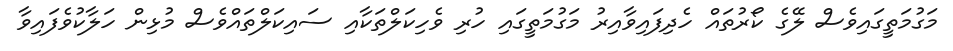
މަގުމަތީގައިވެސް ލޭގެ ކޯރުތައް ހެދިފައިވާއިރު މަގުމަތީގައި ހުރި ވެހިކަލްތަކާއި ސައިކަލްތައްވެސް މުޅިން ހަލާކުވެފައިވާ